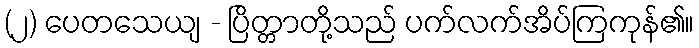
(၂) ပေတသေယျ - ပြိတ္တာတို့သည် ပက်လက်အိပ်ကြကုန်၏။